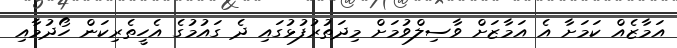
އަމާޒެއް ކަމަށާ އެ އަމާޒަށް ވާސިލްވުމަށް މިދަތުރުފުޅުގައި ދެ ގައުމުގެ އެހީތެރިކަން ހޯދުމާއި